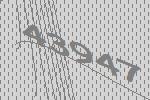
43947